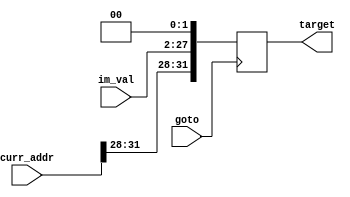
`timescale 1ns/1ns
module jump_target (im_val, target, curr_addr, goto);

    input [25:0] im_val;
    input goto;
    input [31:0] curr_addr;
    output reg [31:0] target;

    always @(posedge goto)
    begin
        if (goto)
        begin
            target[31:28] = curr_addr[31:28];
            target[27:2] = im_val;
            target[1:0] = 2'b00;
        end
    end

endmodule